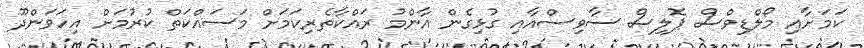
ކަމަށާއި މޯލްޑިވްސް ޕޮލިސް ސާވިސްއާއި ގުޅިގެން އާންމު ރައްކާތެރިކަމަށް މަސައްކަތް ކުރުމަށް އިހަވަންދޫ